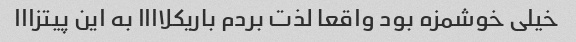
خیلی خوشمزه بود واقعا لذت بردم باریکلاااا به این پیتزااا